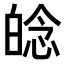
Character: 𤽿